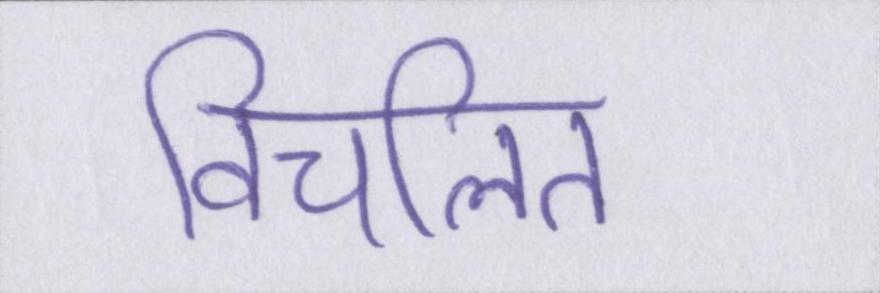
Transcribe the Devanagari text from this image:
विचलित